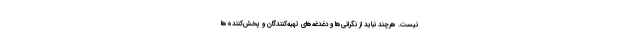
نیست. هرچند نباید از نگرانی‌ها و دغدغه‌های تهیه‌کنندگان و پخش‌کننده‌ها